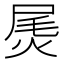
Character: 𰞫